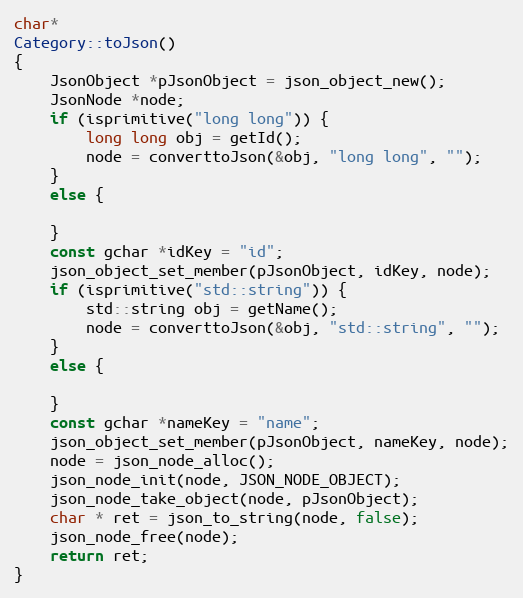
Language: C++
char*
Category::toJson()
{
	JsonObject *pJsonObject = json_object_new();
	JsonNode *node;
	if (isprimitive("long long")) {
		long long obj = getId();
		node = converttoJson(&obj, "long long", "");
	}
	else {

	}
	const gchar *idKey = "id";
	json_object_set_member(pJsonObject, idKey, node);
	if (isprimitive("std::string")) {
		std::string obj = getName();
		node = converttoJson(&obj, "std::string", "");
	}
	else {

	}
	const gchar *nameKey = "name";
	json_object_set_member(pJsonObject, nameKey, node);
	node = json_node_alloc();
	json_node_init(node, JSON_NODE_OBJECT);
	json_node_take_object(node, pJsonObject);
	char * ret = json_to_string(node, false);
	json_node_free(node);
	return ret;
}